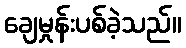
ချေမှုန်းပစ်ခဲ့သည်။